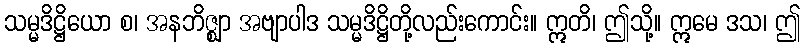
သမ္မဒိဋ္ဌိယော စ၊ အနဘိဇ္ဈာ အဗျာပါဒ သမ္မဒိဋ္ဌိတို့လည်းကောင်း။ ဣတိ၊ ဤသို့။ ဣမေ ဒသ၊ ဤ